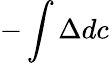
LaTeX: -\int\Delta dc